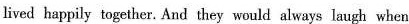
livel happily together. And they would always laugh when